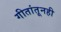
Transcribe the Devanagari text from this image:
गीतांतूनही